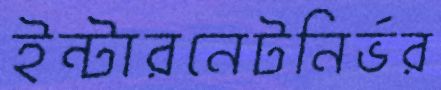
ইন্টারনেটনির্ভর